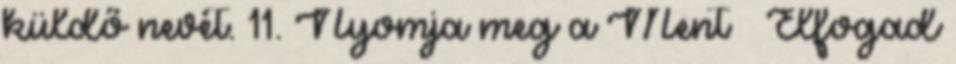
küldő nevét. 11. Nyomja meg a Ment → Elfogad